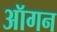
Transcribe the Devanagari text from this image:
ऑगन